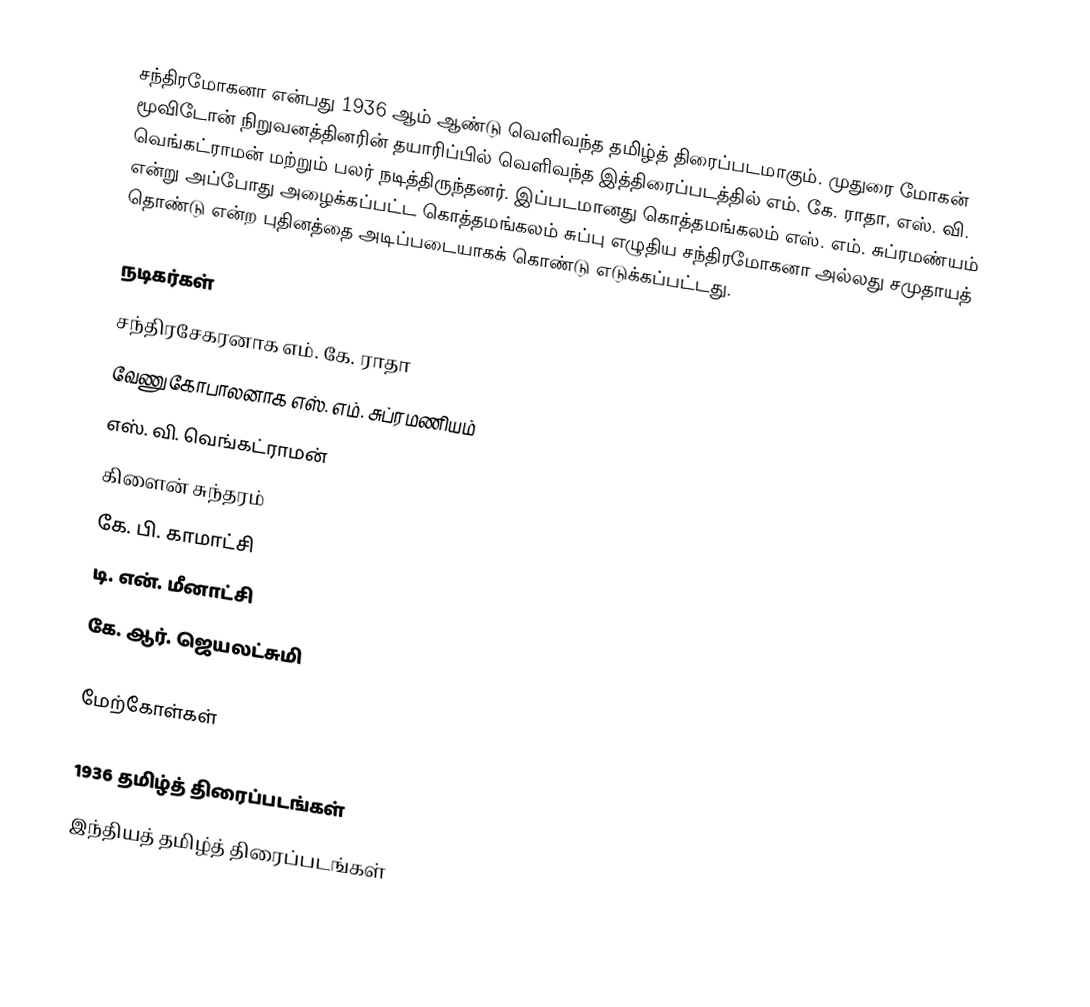
சந்திரமோகனா என்பது 1936 ஆம் ஆண்டு வெளிவந்த தமிழ்த் திரைப்படமாகும். முதுரை மோகன் மூவிடோன் நிறுவனத்தினரின் தயாரிப்பில் வெளிவந்த இத்திரைப்படத்தில் எம். கே. ராதா, எஸ். வி. வெங்கட்ராமன் மற்றும் பலர் நடித்திருந்தனர். இப்படமானது கொத்தமங்கலம் எஸ். எம். சுப்ரமண்யம் என்று அப்போது அழைக்கப்பட்ட  கொத்தமங்கலம் சுப்பு எழுதிய சந்திரமோகனா அல்லது சமுதாயத் தொண்டு என்ற புதினத்தை அடிப்படையாகக் கொண்டு எடுக்கப்பட்டது.

நடிகர்கள்
 சந்திரசேகரனாக எம். கே. ராதா
 வேணுகோபாலனாக எஸ். எம். சுப்ரமணியம்
 எஸ். வி. வெங்கட்ராமன்
 கிளைன் சுந்தரம்
 கே. பி. காமாட்சி
 டி. என். மீனாட்சி
 கே. ஆர். ஜெயலட்சுமி

மேற்கோள்கள்

1936 தமிழ்த் திரைப்படங்கள்
இந்தியத் தமிழ்த் திரைப்படங்கள்